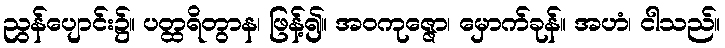
ညွန်ပျောင်း၌။ ပတ္ထရိတွာန၊ ဖြန့်၍။ အဝကုဇ္ဇော၊ မှောက်ခုန်။ အဟံ၊ ငါသည်။